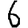
Digit: 6